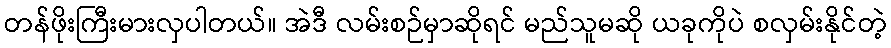
တန်ဖိုးကြီးမားလှပါတယ်။ အဲဒီ လမ်းစဉ်မှာဆိုရင် မည်သူမဆို ယခုကိုပဲ စလှမ်းနိုင်တဲ့